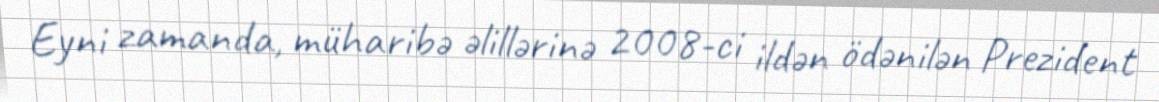
Eyni zamanda, müharibə əlillərinə 2008-ci ildən ödənilən Prezident